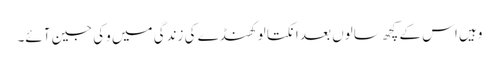
وہیں اس کے کچھ سالوں بعد انکتا لوکھنڈے کی زندگی میں وکی جین آئے۔